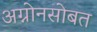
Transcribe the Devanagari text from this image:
अग्नोनसोबत